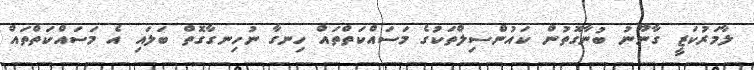
ލާމަރުކަޒީ ގާނޫނު ބުނާގޮތުން ކައުންސިލްތަކުގެ މަސައްކަތްތައް ހިނގާ ނުހިނގާގޮތް ބަލައި އެ މަސައްކަތްތައް